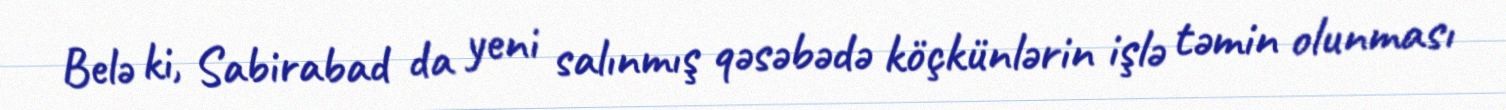
Belə ki, Sabirabad da yeni salınmış qəsəbədə köçkünlərin işlə təmin olunması